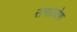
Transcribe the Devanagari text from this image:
रागप्रवेश